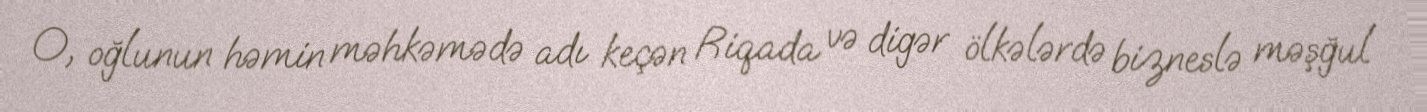
O, oğlunun həmin məhkəmədə adı keçən Riqada və digər ölkələrdə bizneslə məşğul